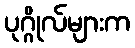
ပုဂ္ဂိုလ်များက